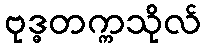
ဗုဒ္ဓတက္ကသိုလ်